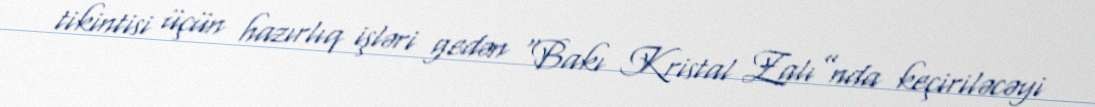
tikintisi üçün hazırlıq işləri gedən “Bakı Kristal Zalı”nda keçiriləcəyi